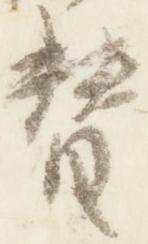
替